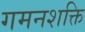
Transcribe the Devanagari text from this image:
गमनशक्ति